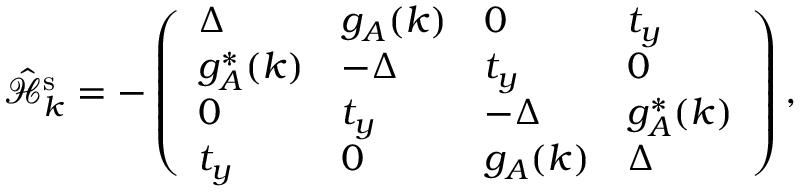
\hat { \mathcal { H } } _ { k } ^ { \mathrm { s } } = - \left( \begin{array} { l l l l } { \Delta } & { g _ { A } ( k ) } & { 0 } & { t _ { y } } \\ { g _ { A } ^ { * } ( k ) } & { - \Delta } & { t _ { y } } & { 0 } \\ { 0 } & { t _ { y } } & { - \Delta } & { g _ { A } ^ { * } ( k ) } \\ { t _ { y } } & { 0 } & { g _ { A } ( k ) } & { \Delta } \end{array} \right) \mathrm { , }